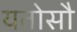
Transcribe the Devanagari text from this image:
यतोसौ